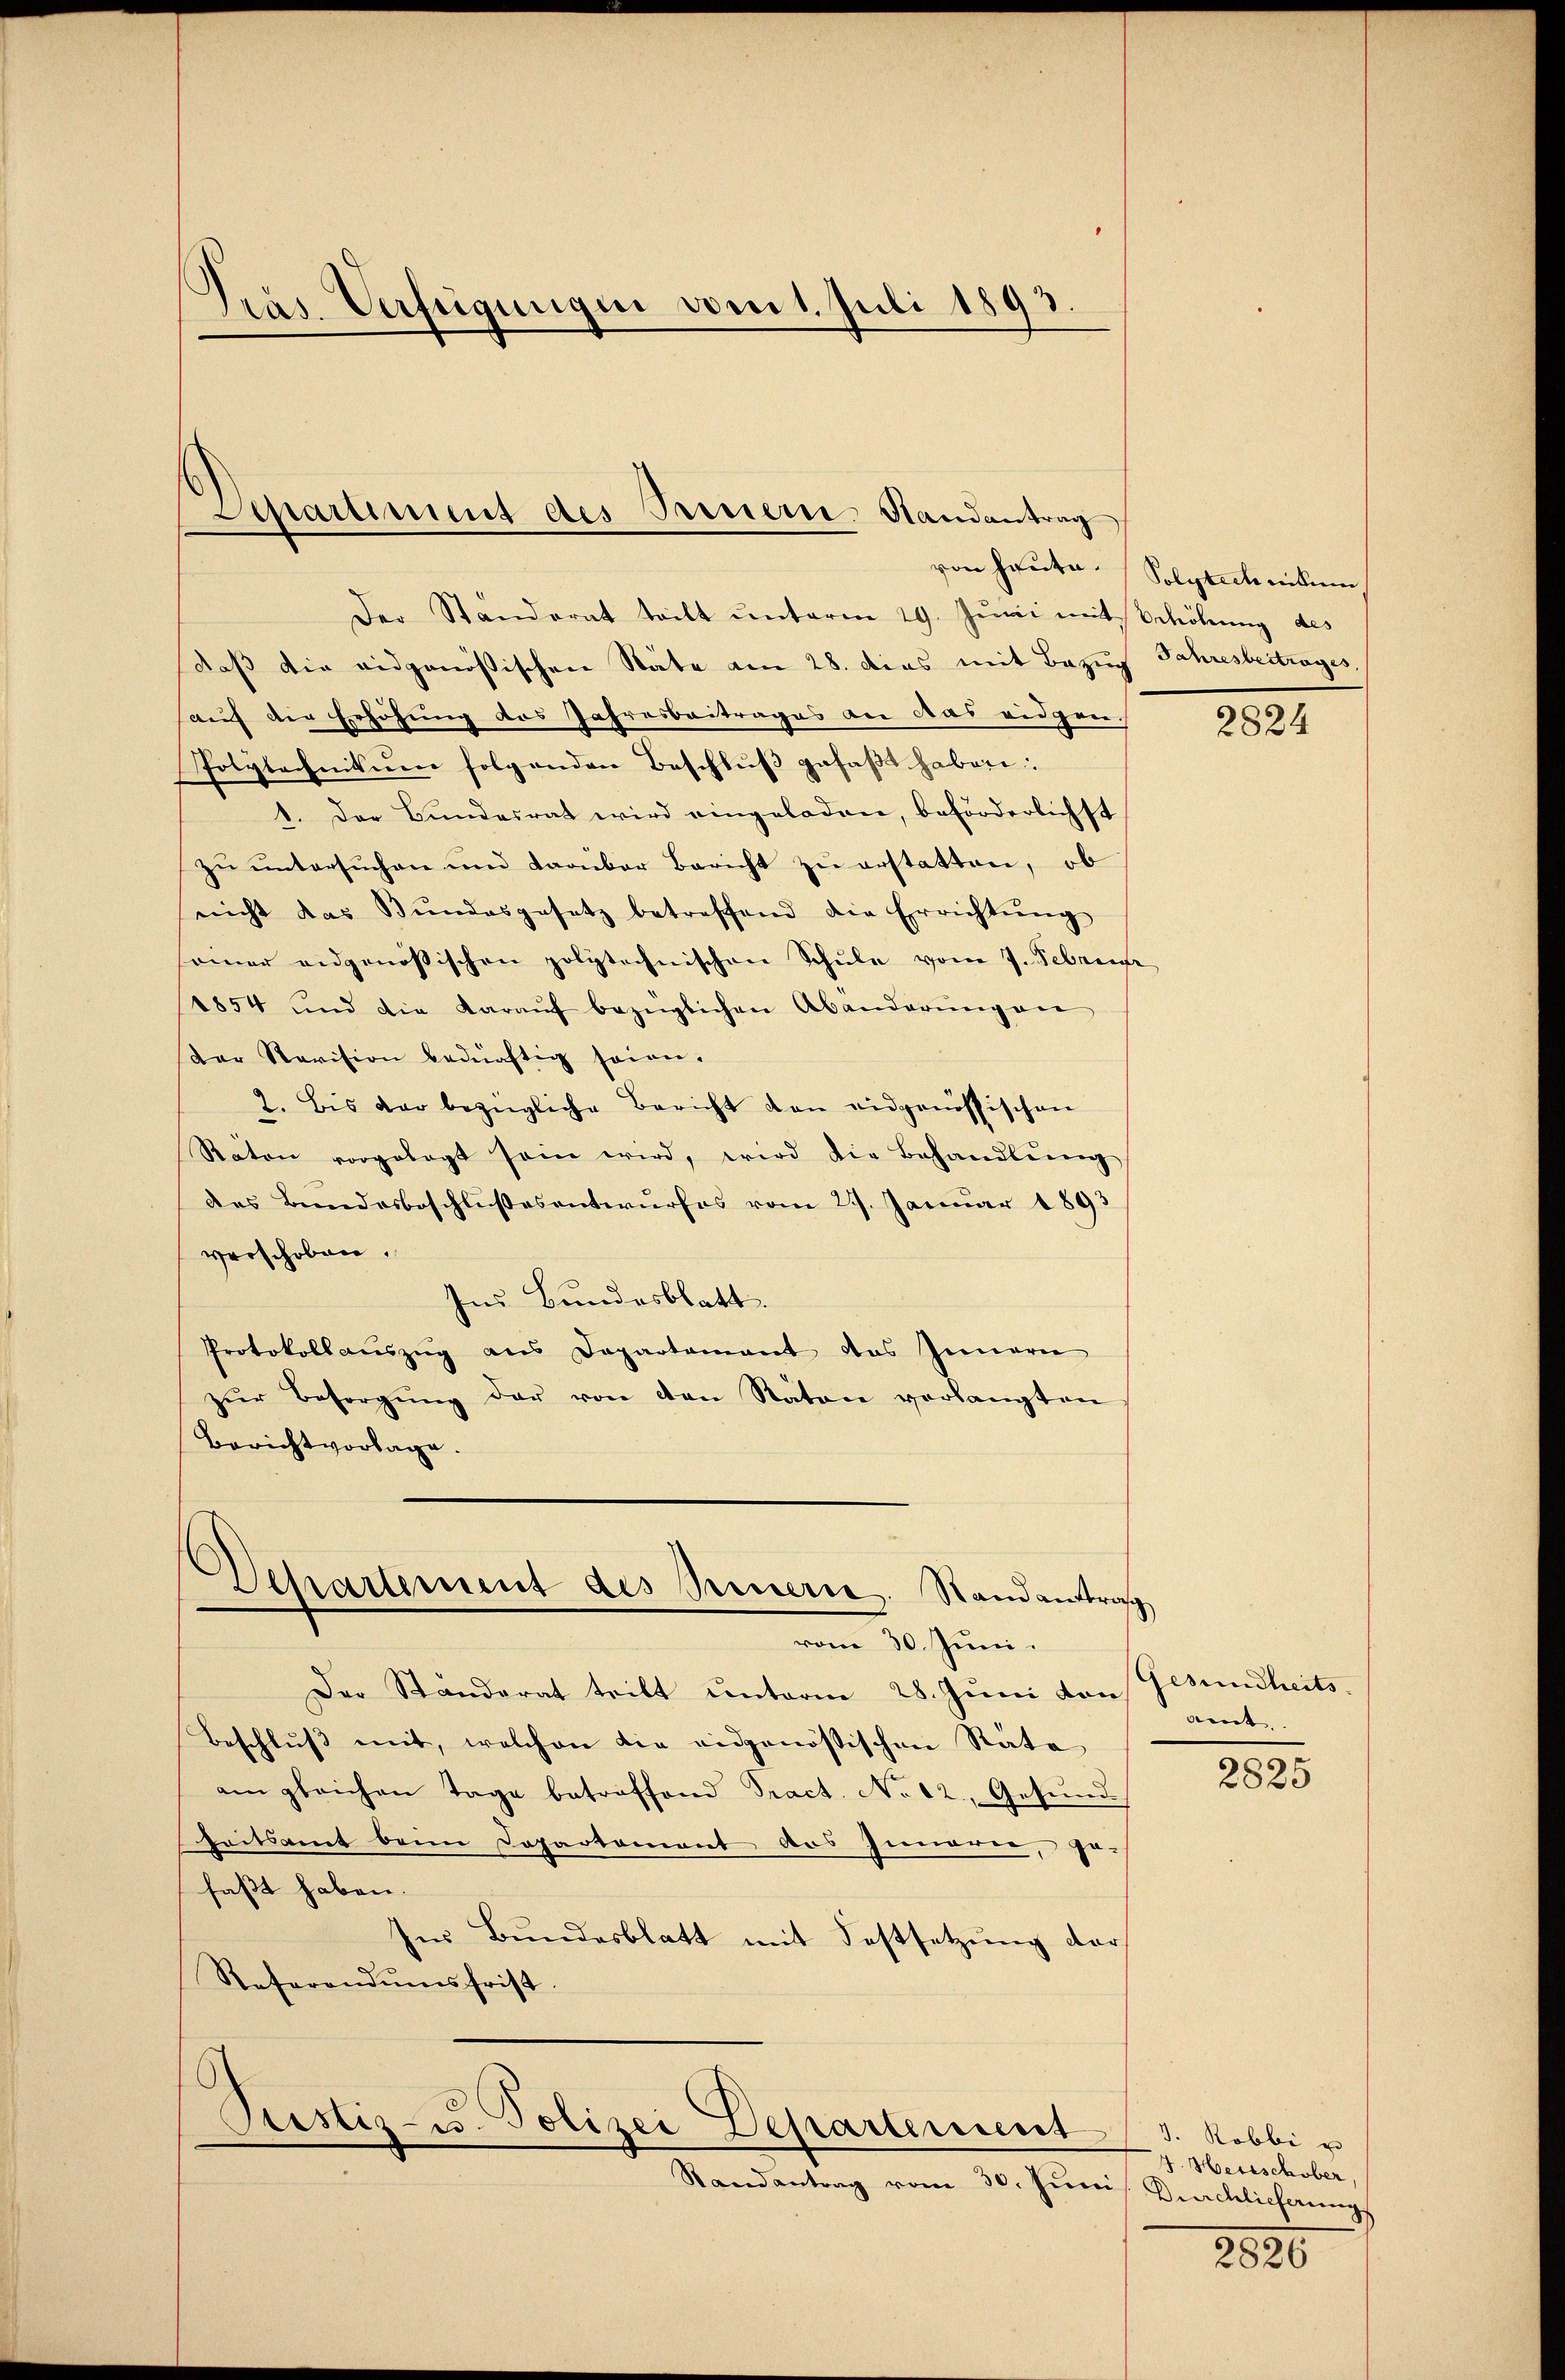
Präs. Verfügungen vom 1. Juli 1893.

Separtiment des Treuern Randantrag

Der Standerat teilt ŭnterm 29. Juni mit Erhöhung des
dass die eidgenössischen Stäte am 28. dies mit Bezug Jahresbeitrages,
auf die Erhöhung des Jahresbeitrages an das eidgen
Polytechnikum folgenden Beschluß gefaßt haben
1. Der Bundesrat wird eingeladen, beförderlichst
zu untersuchen und Laonbar Bericht zu erstatten, ob
nicht das Bŭndesgesetz betreffend die Errichtŭng
samer eidgenössischen polytechnischen Schule vom 7. Febru
1854 und die daraŭf bezüglichen Abänderŭng an
ter Revision bedürftig seien.
2. Bis der bezügliche Bericht den eidgenössischen
Raton vorgelegt sein wird, wird die Behandlŭng
des Bundesbeschlußesentwurfes vom 29. Januar 1893
verschoben.
Ins Bundesblatt.
Protokollauszug aus Departament das Innern
zŭr Besorgŭng der von den Raten verlangten
Berichtvorlage.

Departement des Peuerre. Standanttrag
vom 30. Juni.

Der Standerat tritt unterm 28. Juni von Gesundheits
Beschluß mit, welchen die eidgenössischen Räte
am gleichen Tage betreffend Tract. No 12. Gesundheitsamt beim Departement des Inneren, ge-
faßt haben.
Ins Bundesblatt mit Festsetzung der
Referandumsfrist.

Pustiz- u. Polizei Departement

Randantrag vom 30. Juni Dirchlieferungs

von heute. (Solytechnikum

2824

amt.

2825

J. Robbi u
7. Heisschuber,

2820